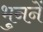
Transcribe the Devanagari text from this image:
भुननें